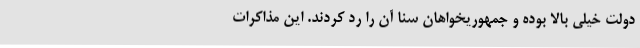
دولت خیلی بالا بوده و جمهوریخواهان سنا آن را رد کردند. این مذاکرات